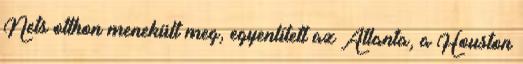
Nets otthon menekült meg, egyenlített az Atlanta, a Houston